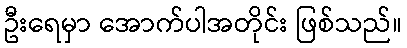
ဦးရေမှာ အောက်ပါအတိုင်း ဖြစ်သည်။